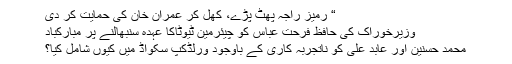
“ رمیز راجہ پھٹ پڑے، کھل کر عمران خان کی حمایت کر دی
وزیرخوراک کی حافظ فرحت عباس کو چیئرمین ٹیوٹاکا عہدہ سنبھالنے پر مبارکباد
محمد حسنین اور عابد علی کو ناتجربہ کاری کے باوجود ورلڈکپ سکواڈ میں کیوں شامل کیا؟